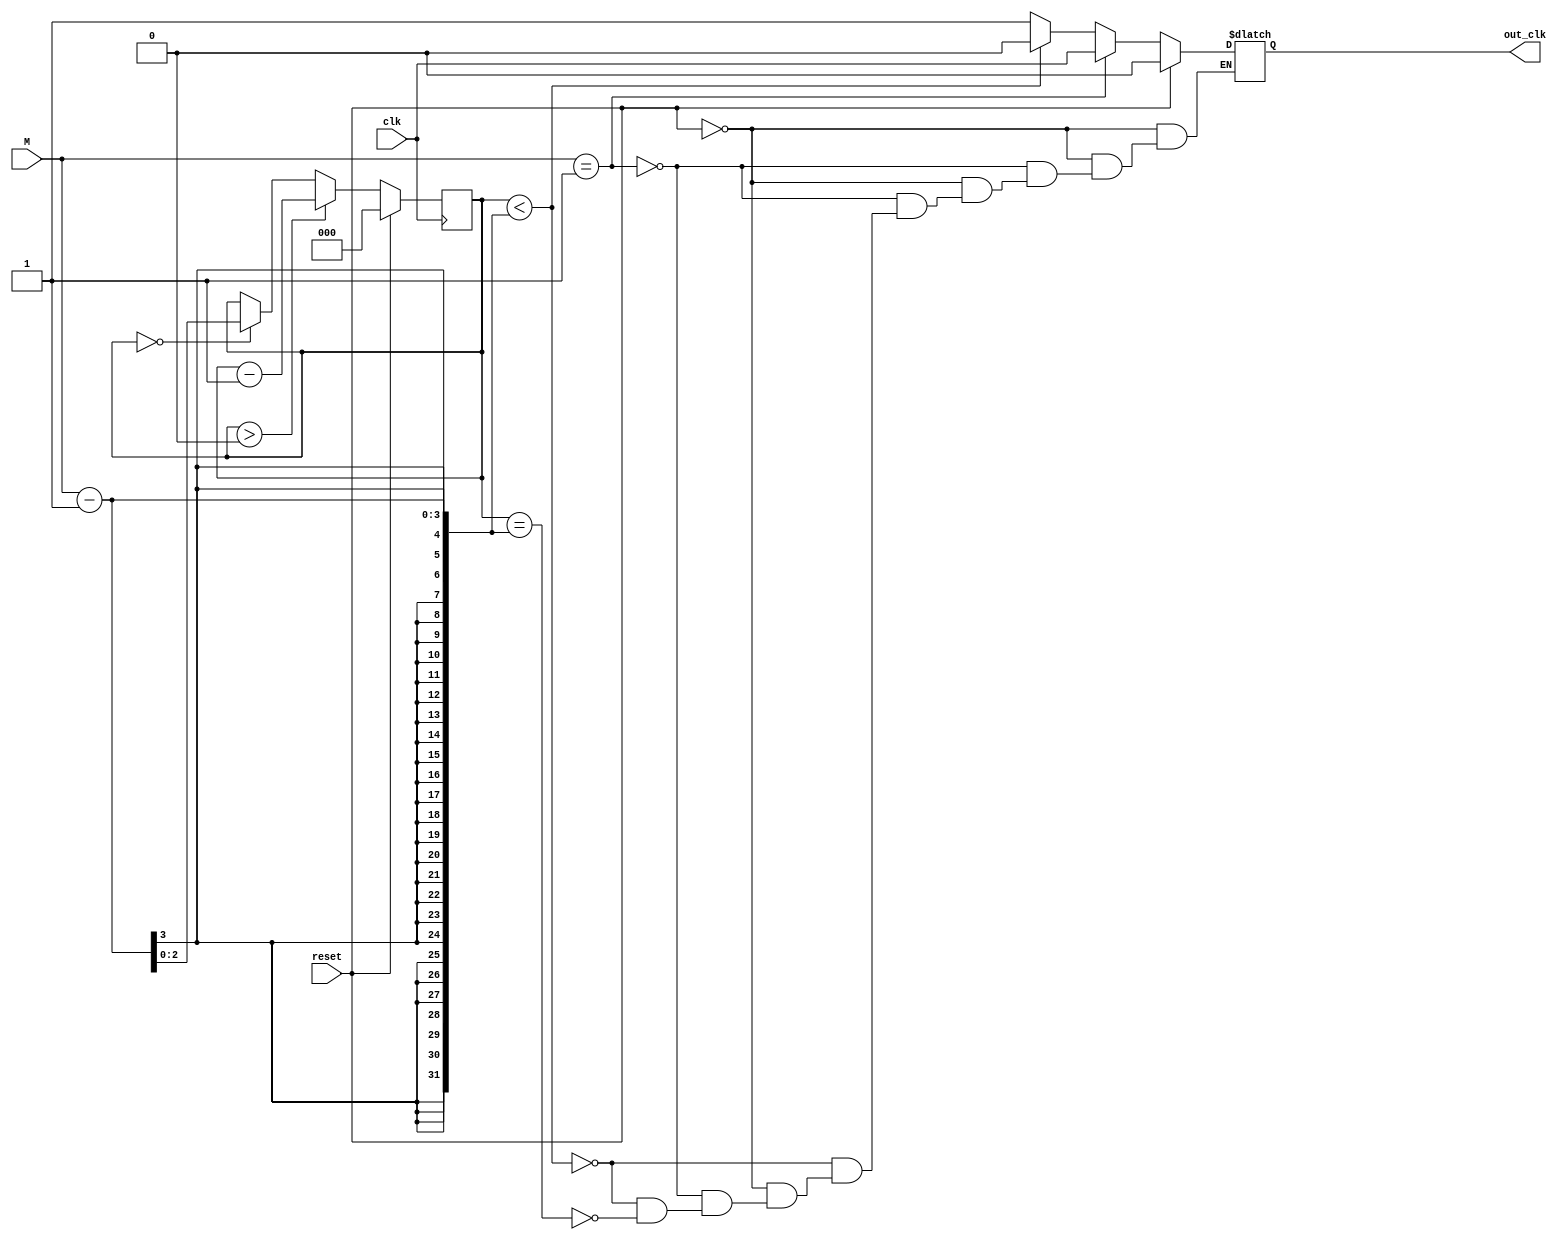
//------------------------------------------------------------------------------------------//
//- Advanced Digital IC Design                                                              //
//-                                                                                         //
//- Exercise : Frequency Divider                                                            //
//- Function Description:                                                                   //
//- 1. The frequency divider is used to divide the input clock frequency by a factor of M.  //
//- 2. The output clock is asserted when the counter reaches 0.                             //
//-                                                                                         //
//------------------------------------------------------------------------------------------//

`timescale 1ns/1ps

module FREQ_DIV(
    input       reset,     // Reset signal
    input       clk,       // Input clock signal
    input [2:0] M,         // Input for the frequency division factor
    output reg  out_clk    // Output clock signal
);

    reg [2:0] cnt;         // Counter register

    // Counter counts from M - 1 to 0
    always @(posedge clk) begin
        if (reset) cnt <= 3'd0;
        else if (cnt > 0) cnt <= cnt - 1;
        else if (cnt == 0) cnt <= M - 1;
        else cnt <= cnt;
    end

    // Output clock is asserted when the counter reaches 0
    always @(*) begin
        if (reset) out_clk = 1'b0;
        else if (M == 3'd1) out_clk = clk;
        else if (cnt < M - 1) out_clk = 1'b0;
        else if (cnt == M - 1) out_clk = 1'b1;
        else out_clk = out_clk;
    end

endmodule